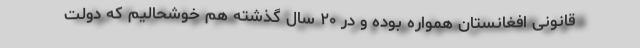
قانونی افغانستان همواره بوده و در ۲۰ سال گذشته هم خوشحالیم که دولت